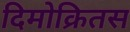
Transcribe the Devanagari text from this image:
दिमोक्रितस